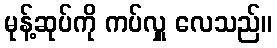
မုန့်ဆုပ်ကို ကပ်လှူ လေသည်။